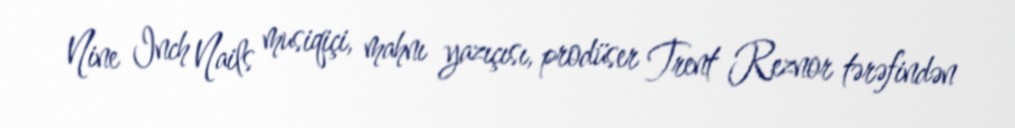
Nine Inch Nails musiqiçi, mahnı yazıçısı, prodüser Trent Reznor tərəfindən